Statistics compiled by the Government of India from the reports of provincial Civil Veterinary Departments
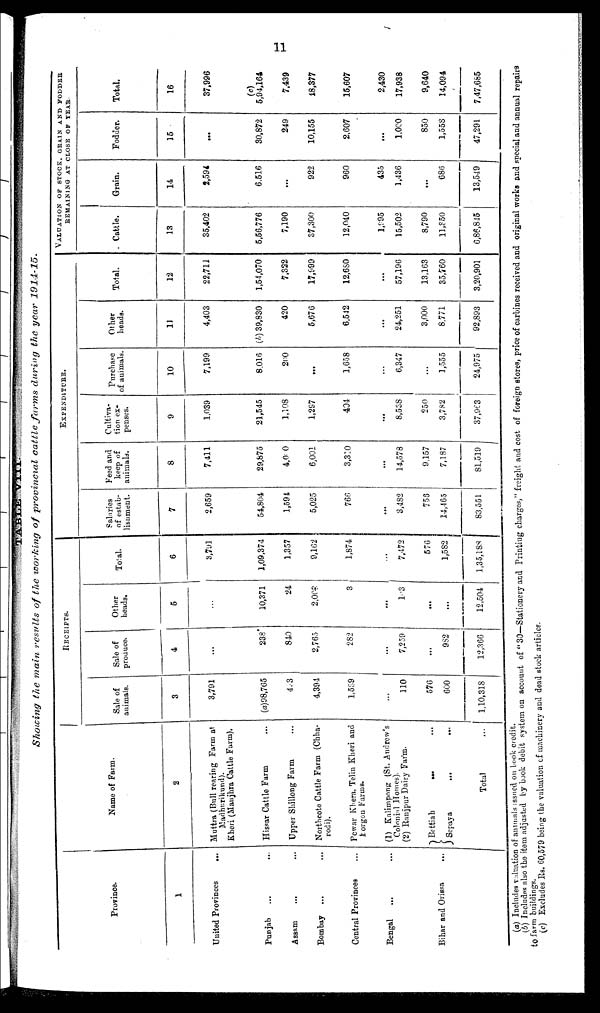
11
TABLE VIII.
Showing the main results of the working of provincial cattle farms during the year
1914-15.
Province.
1
United Provinces
...
Punjab ... ...
Assam ... ...
Bombay ... ...
Central Provinces ...
Bengal ... ...
Bihar and Orissa ...
Name of Farm.
2
Muttra (Bull rearing Farm at
Madhurikund).
Kheri (Maujhra Cattle Farm).
Hissar Cattle Farm ...
Upper Shillong Farm ...
Northcote Cattle Farm (Chha-
rodi).
Pewar Khera, Telin Kheri and
Porgon Farms.
(1) Kalimpong (St. Andrew's
Colonial Homes).
(2) Ranjpur Dairy Farm.
Berttiah
...
...
Sepaya
...
...
Total ...
RECEIPTS.
Sale of
animals.
3
3,791
(a)98,765
493
4,394
1,589
...
110
576
600
1,10,318
Sale of
produce.
4
...
238
840
2,765
282
...
7,259
...
982
12,366
Other
heads.
5
...
10,371
24
2,000
3
...
103
...
...
12,504
Total.
6
3,791
1,09,374
1,357
9,162
1,874
...
7,472
576
1,582
1,35,183
EXPENDITURE.
Salaries
of estab-
lishment.
7
2,659
54,804
1,591
5,025
766
... 3,482
756
14,465
83,551
Feed and
keep of
animals.
8
7,411
29,875
4,00
6,001
3,340
...
14,578
9,157
7,187
81,519
Cultiva-
tion ex-
penses.
9
1,039
21,545
1,108
1,297
404
...
8,538
250
3,782
37,963
Purchase
of animals.
10
7,199
8,016
200
...
1,658
...
6,347
...
1,555
24,975
Other
heads.
11
4,403
(b) 39,830
420
5,676
6,542
...
24,251
3,000
8,771
92,893
Total.
12
22,711
1,51,070
7,322
17,999
12,680
...
57,196
13,163
35,760
3,20,901
VALUATION OF STOCK, GRAIN AND FODDER REMA
Cattle.
13
35,402
5,56,776
7,190
37,300
12,040
1,995
1995
15,502
8,790
11,850
6,86,845
Grain.
14
2,591
6.516
...
922
960
435
435
1,436
...
686
13,549
Fodder.
15
...
30,872
249
10,155
2.607
...
1,000
850
1,558
47,291
Total.
16
37,996
5,94,164
7,439
18,377
15,607
2,430
2430
17,938
9,640
14,094
7,47,685
(a) Includes valuation of animals issued on book credit.
(b) Includes also the item adjusted by book debit system on account of "30-Stationety and Printing charges," freight and cost of foreign stores, price of carbines received and original works and special and annual repairs
to farm buildings.
(c) Excludes Rs. 60,579 being the valuation of machinery and dead stock articles.